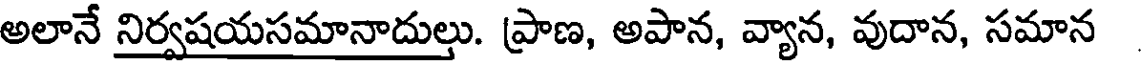
అలానే నిర్వషయసమానాదుల్తు. ప్రాణ, అపాన, వ్యాన, వుదాన, సమాన